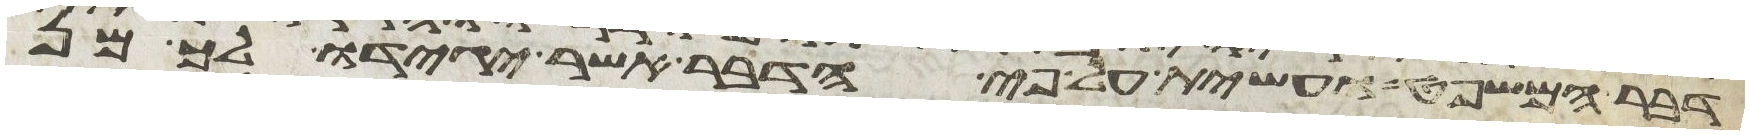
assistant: דבר המשפט ועשית על פי הדבר אשר יגידו לך מן